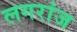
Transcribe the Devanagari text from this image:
लगरांज